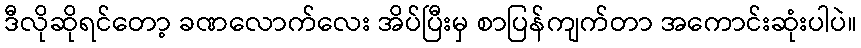
ဒီလိုဆိုရင်တော့ ခဏလောက်လေး အိပ်ပြီးမှ စာပြန်ကျက်တာ အကောင်းဆုံးပါပဲ။